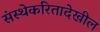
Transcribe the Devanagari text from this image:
संस्थेकरितादेखील